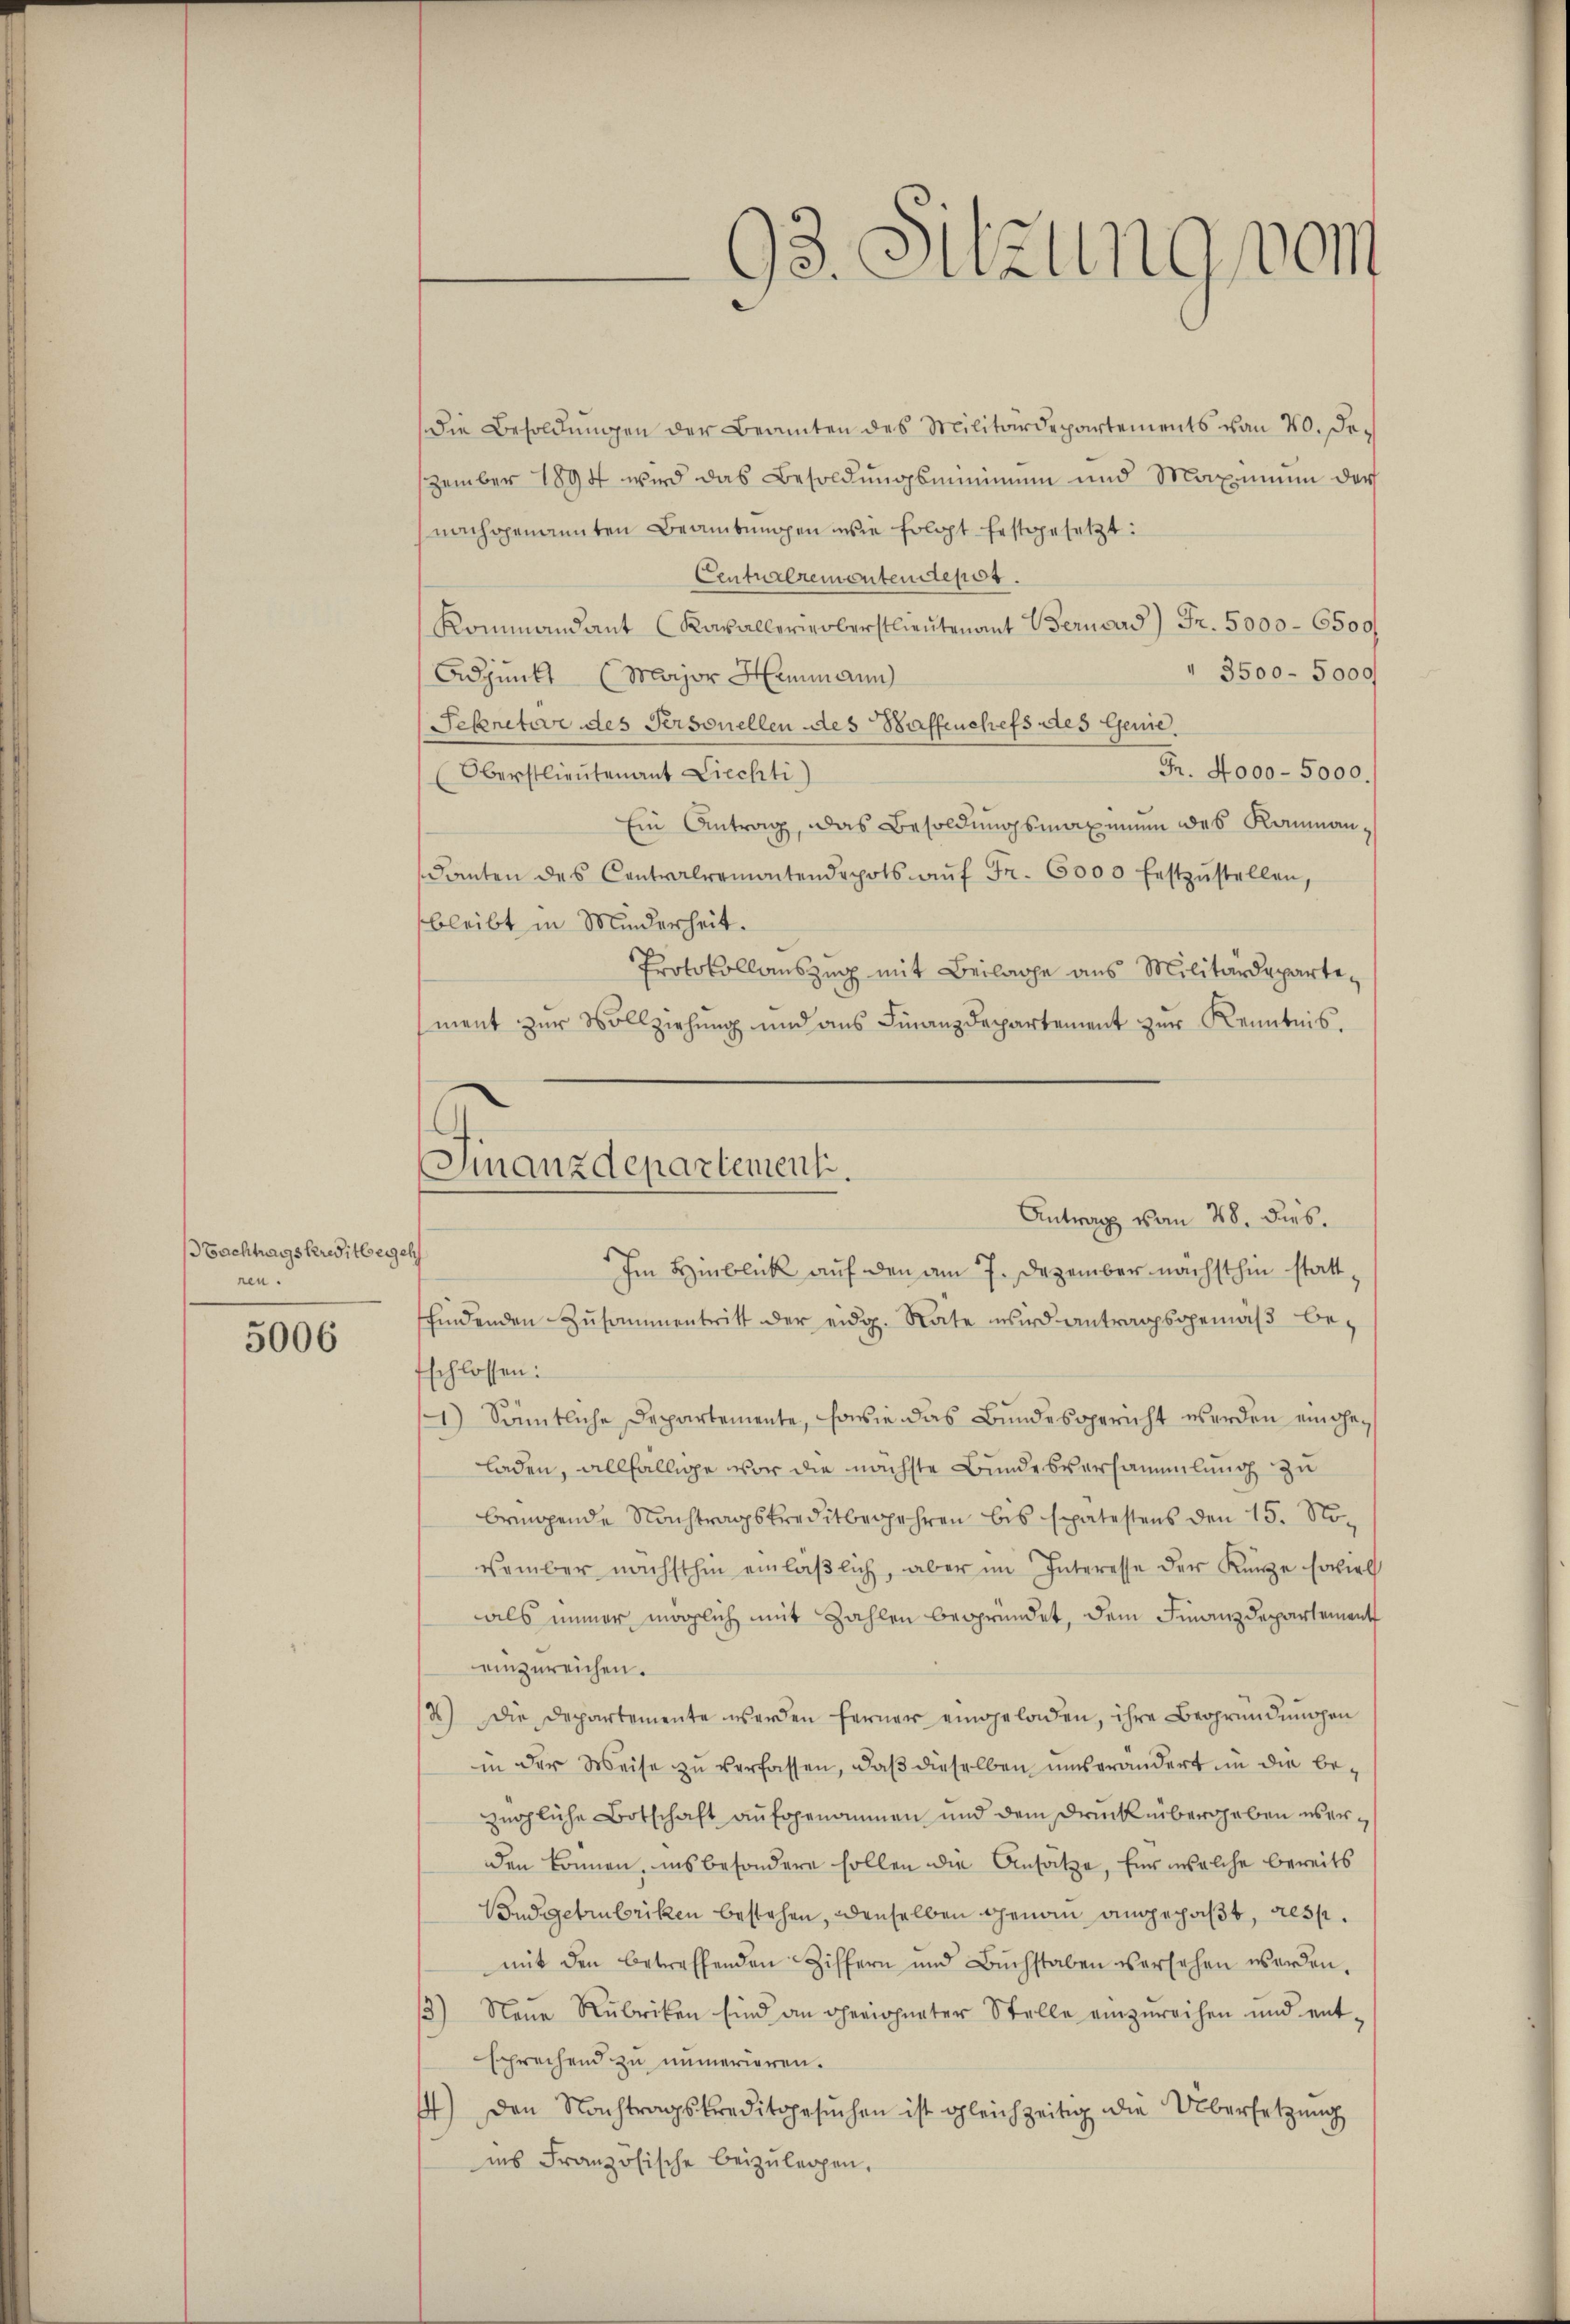
tachtragskreditbergeh
ren.

5006

93. Sitzung vom

Finanzdepartement.
Antrag vom 28. dies.

Die Besoldŭngen der Beamten des Militärdepartements von 40. Dezember 1894 wird das Besoldungsminimum und Maximum der
nachgenannten Beamtungen wie folgt festgesetzt:
Centralremontendepos.
Kommandant (Kavallerinoberstlieutenant Bernard) Fr. 5000. 6500
3500-5000
Adjunkt (Major Heimann
Sekretär des Personellen des Waffenchefs des Genie.
Fr. 4000 - 5000.
Oberstlieutenant Liechti
Ein Antrag, das Besoldungsmaximum des Raumandanten des Contralremontendepots aŭf Fr. 6000 festzŭstellen,
bleibt in Minderheit.
Protokollauszug mit Beilage aus Militärdeparte,
ment zur Vollziehung und ans Finanzdepartement zŭr Kenntnis.
Im Hinblick auf den am 7. Dezember nächsthin stattfindenden Zusammentritt der eidg. Rate wird antragsgemäβ be-
fschlossen:
1.) Sämtliche Departemente, sowie das Bundesgericht werden eingeladen, allfällige vor die nächste Bundesversammlung zu
bringende Nachtragskreditbegehren bis spätestens den 15. No-
vember nächsthin einläβlich, aber im Interesse der Kürze soviel
als immer möglich mit Zahlen begründet, dem Finanzdepartement
einzureichen.
2) Die Departemente werden ferner eingeladen, ihre Begründungen
in der Weise zu verfassen, daß dieselben unserändert in die bezügliche Botschaft aŭfgenommen und dem Druck übergeben überden können, insbesondere sollen die Ansätze, für welche bereits
Budgetrubriken bestehen, denselben genau angepaßt, resp.
mit den betreffenden Ziffern und Buchstaben versehen werden,
/3) Neue Rubriken sind an gerichneter Stelle einzŭreichen und ent
sprechend zu numerieren.
44) Den Nachtragskreditgesuchen ist gleichzeitig die Übersetzung
ins Französische beizulegen.